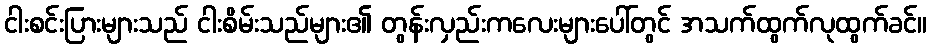
ငါးစင်းပြားများသည် ငါးစိမ်းသည်များ၏ တွန်းလှည်းကလေးများပေါ်တွင် အသက်ထွက်လုထွက်ခင်။